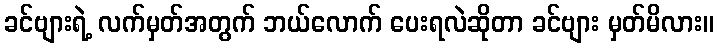
ခင်ဗျားရဲ့ လက်မှတ်အတွက် ဘယ်လောက် ပေးရလဲဆိုတာ ခင်ဗျား မှတ်မိလား။